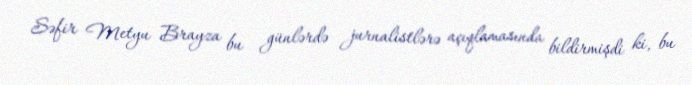
Səfir Metyu Brayza bu günlərdə jurnalistlərə açıqlamasında bildirmişdi ki, bu